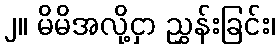
၂။ မိမိအလို့ငှာ ညွှန်းခြင်း၊